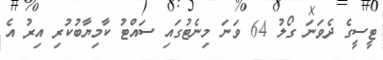
ޓީސީގެ ދެވަނަ ގޯލު 64 ވަނަ މިނެޓުގައި ސައްޓު ކާމިޔާބުކުރި އިރު އެ